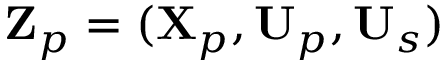
\mathbf { Z } _ { p } = ( \mathbf { X } _ { p } , \mathbf { U } _ { p } , \mathbf { U } _ { s } )